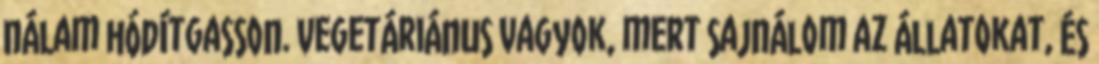
nálam hódítgasson. Vegetáriánus vagyok, mert sajnálom az állatokat, és